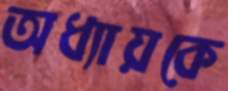
অধ্যায়কে